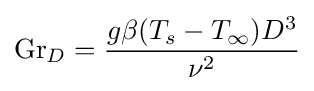
\mathrm {Gr} _{D}={\frac {g\beta (T_{s}-T_{\infty })D^{3}}{\nu ^{2}}}